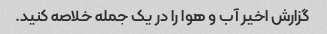
گزارش اخیر آب و هوا را در یک جمله خلاصه کنید.